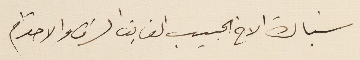
سَيادة الاخ الحبيب الفايق الشرف والاحترام